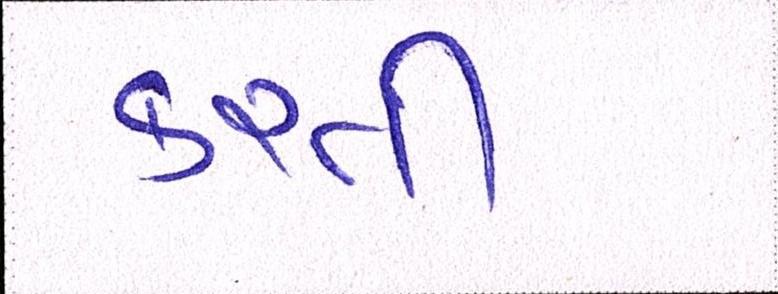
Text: કરતી